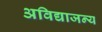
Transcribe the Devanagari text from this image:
अविद्याजन्य